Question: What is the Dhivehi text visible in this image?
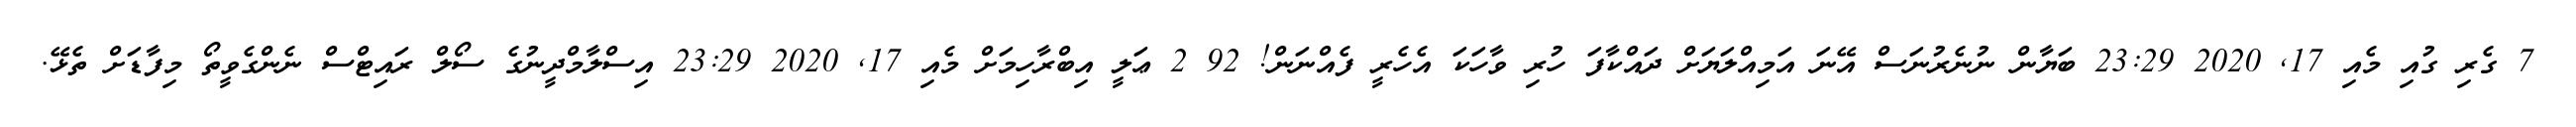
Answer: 7 ގެރި ގުއި މެއި 17, 2020 23:29 ބަޔާން ނުނެރުނަސް އޭނަ އަމިއްލަޔަށް ދައްކާފަ ހުރި ވާހަކަ އެހެރީ ފެއްނަން! 92 2 ޢަލީ އިބްރާހިމަށް މެއި 17, 2020 23:29 އިސްލާމްދީނުގެ ސޯލް ރައިޓްސް ނެންގެވީތޯ މިފާޑަށް ތެޅޭ.